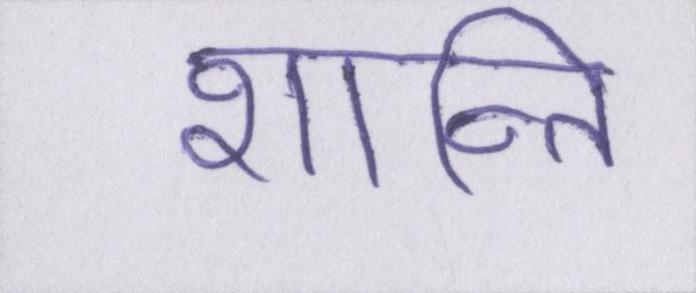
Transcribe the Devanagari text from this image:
शान्ति